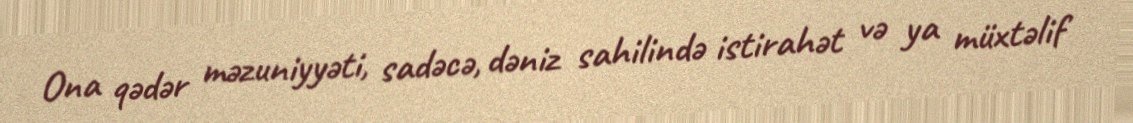
Ona qədər məzuniyyəti, sadəcə, dəniz sahilində istirahət və ya müxtəlif